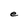
Character: e